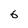
Character: 6